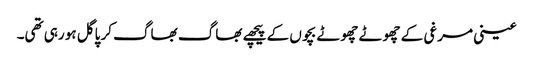
عینی مرغی کے چھوٹے چھوٹے بچوں کے پیچھے بھاگ بھاگ کر پاگل ہو رہی تھی۔